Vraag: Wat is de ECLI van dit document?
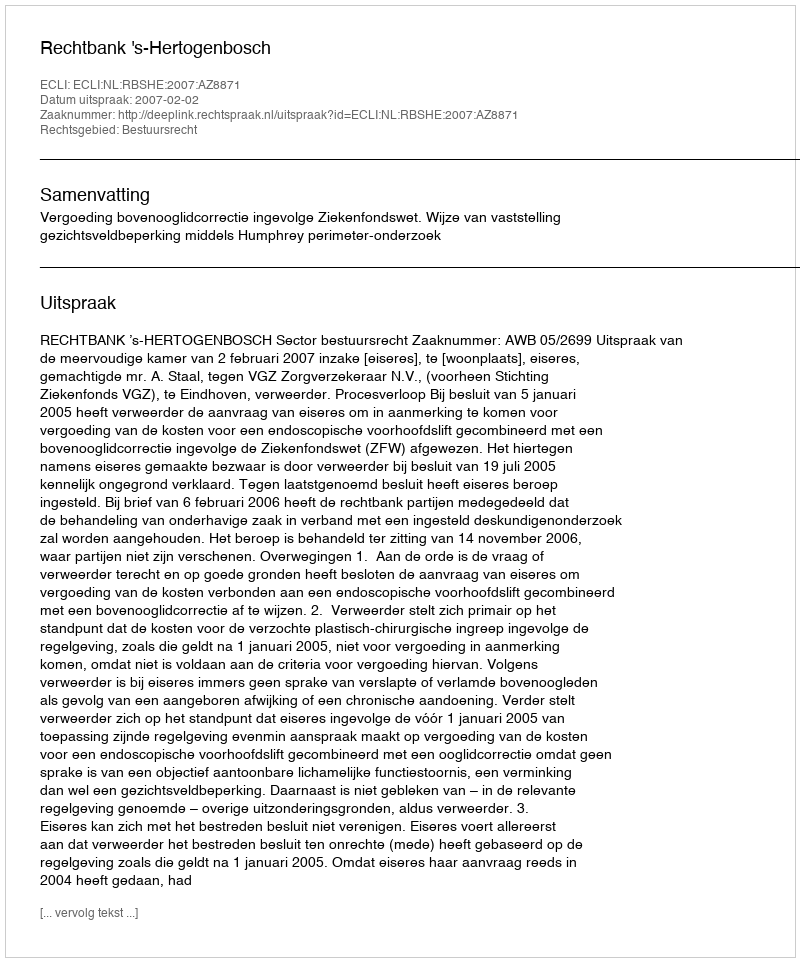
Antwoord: ECLI:NL:RBSHE:2007:AZ8871